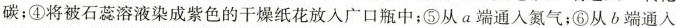
碳；④将被石蕊溶液染成紫色的干燥纸花放入广口瓶中；⑤从a端通入氮气；⑥从b端通入